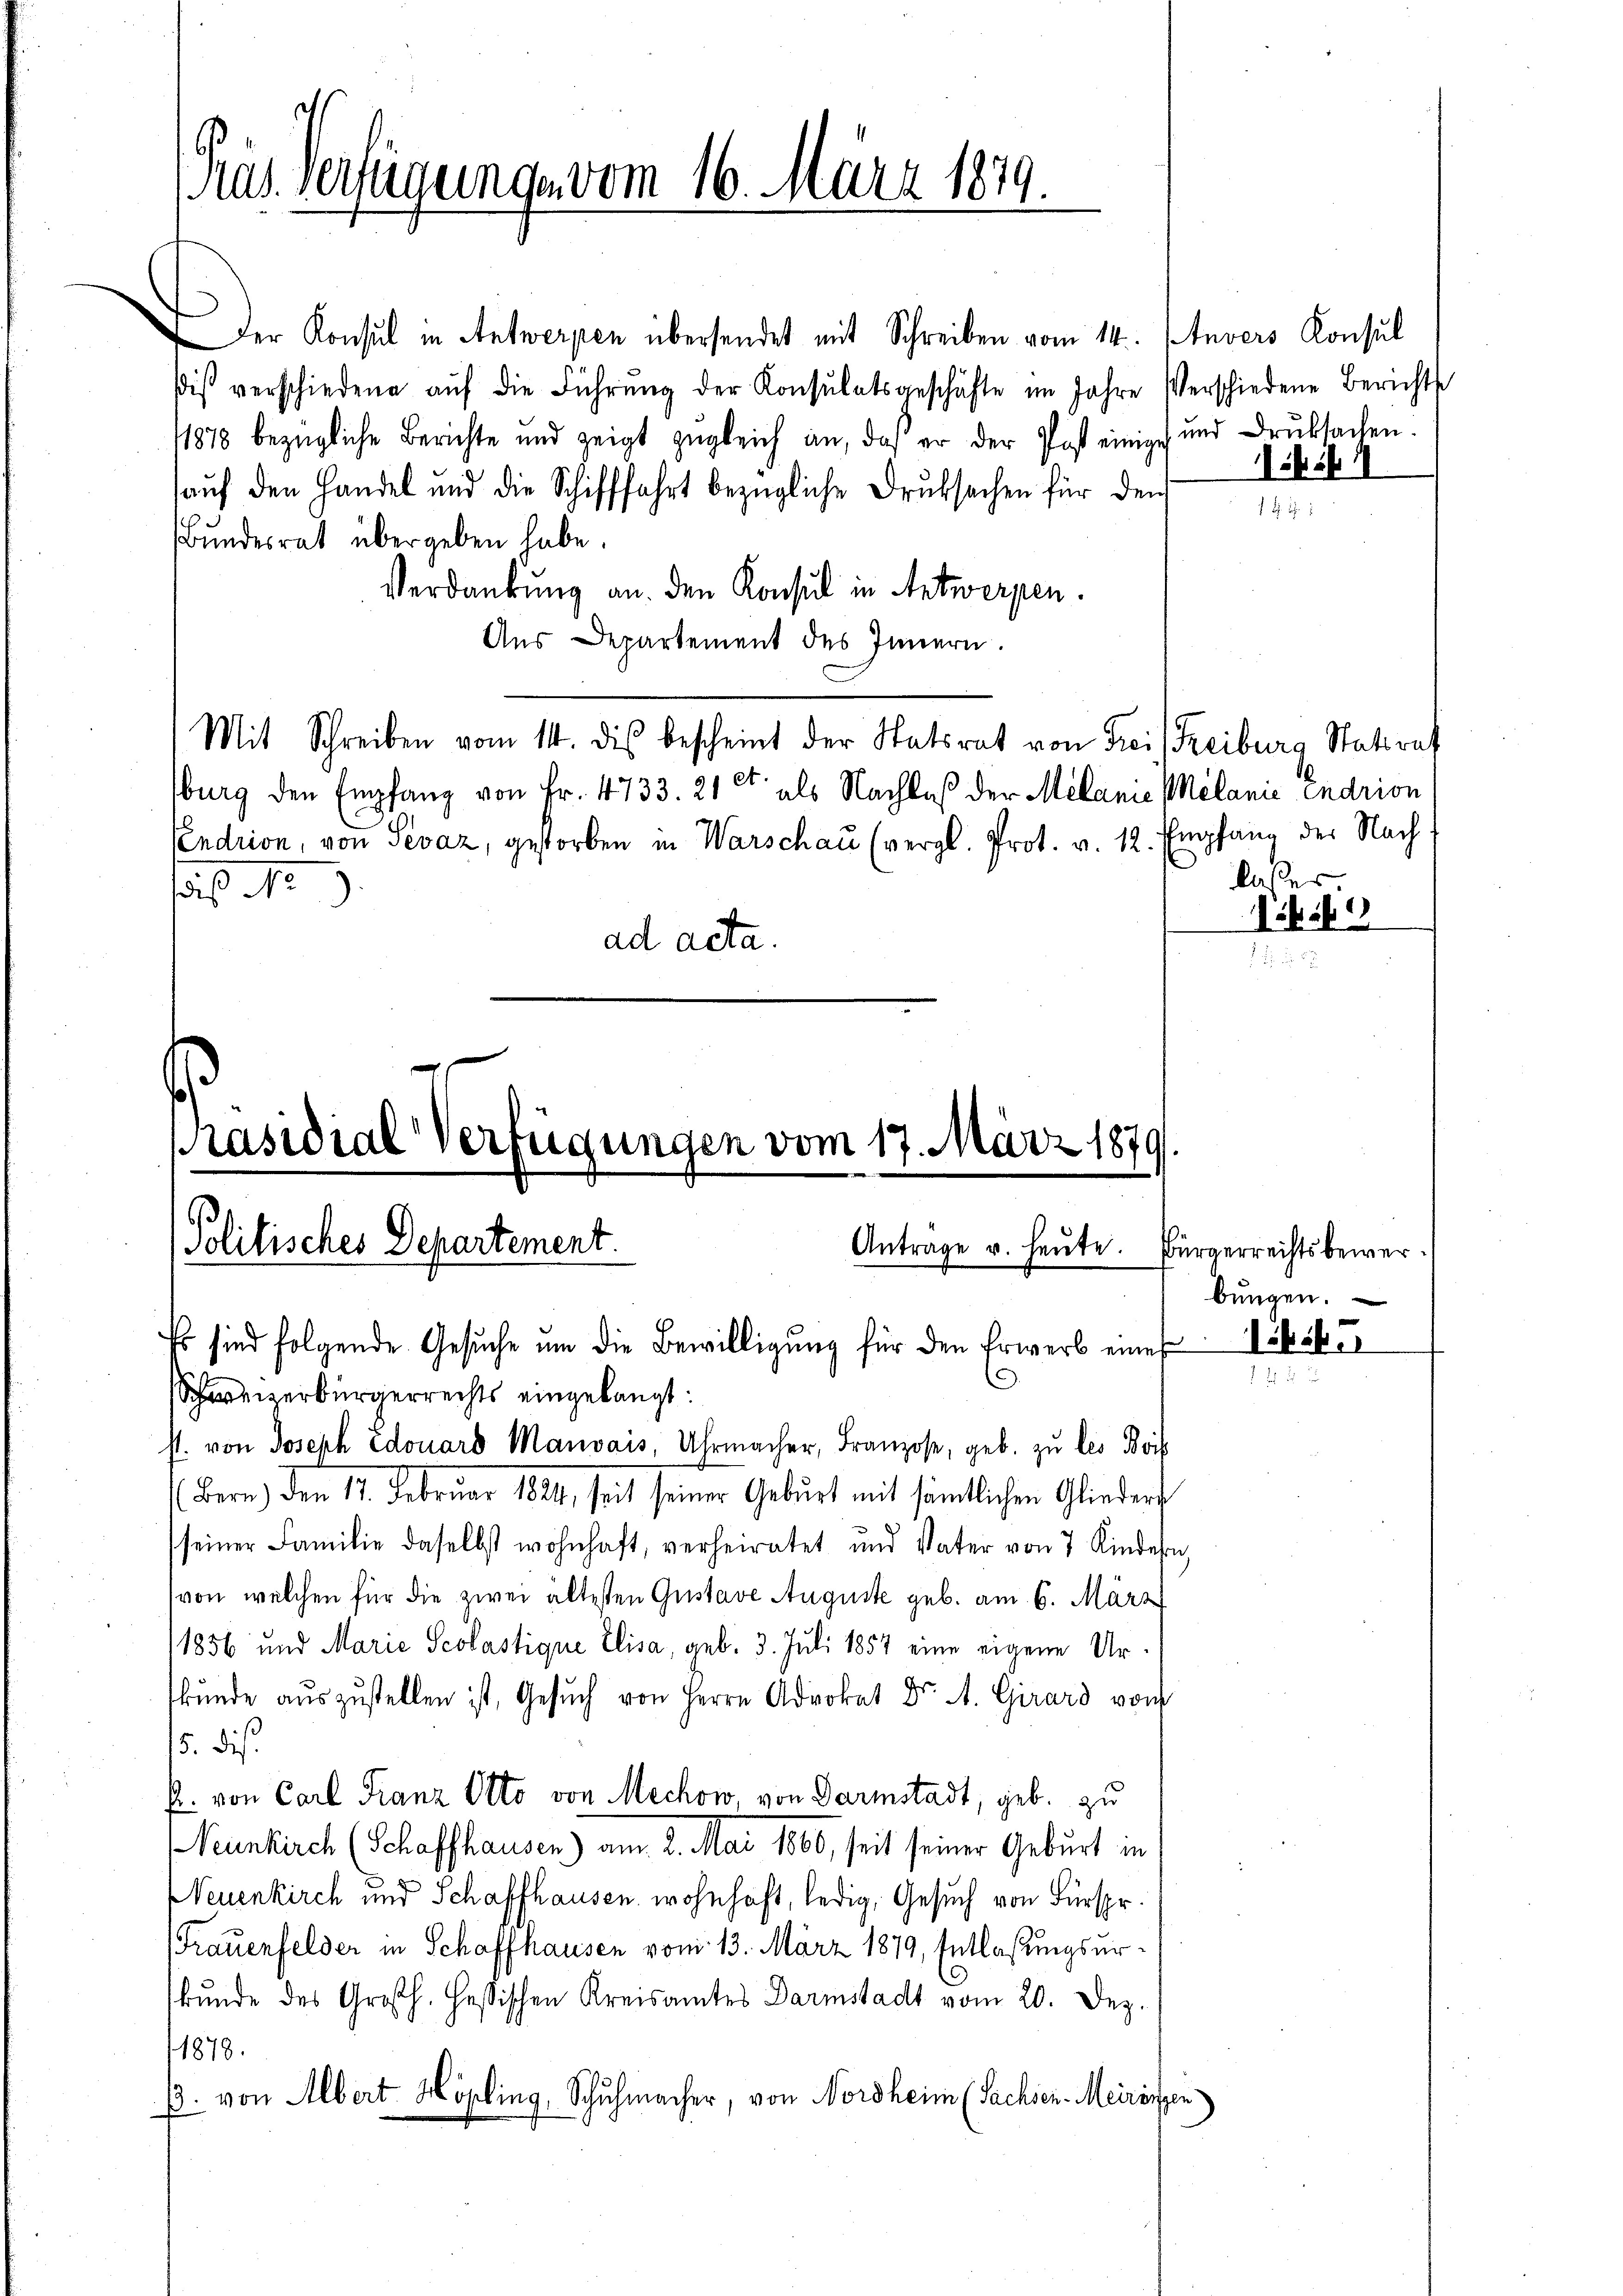
Präs. Verfügungen vom 16. März 1879.

Der Konsul in Antwerpen übersendet mit Schreiben vom 14. Juvers Konsul
dis verschiedene aŭf die Führŭng der Konsulatsgeschäfte im Jahre Verschiedene Berichts
11878 bezügliche Berichte und zeigt zŭgleich an, daß er der Post einige und Druksachen.
aŭf den Handel und die Schifffahrt bezügliche Druksachen für den
Bundesrat übergeben habe.
Verdankung an den Konsul in Antwerpen.
Aus Departement des Innern.
Mit Schreiben vom 14. dis bescheint der Statsrat von Frei (Freiburg Statiret
burg den Empfang von Fr. 4733. 21 et als Nachlaß der Melanie Melanić Endrion
Cendrion, von Sevaz, gestorben in Warschau (vergl. Prot. v. 12. Empfang der Nach-
sas
ad acta.

Präsidial-Verfügungen vom 17. März 1879
Politisches Departement.
Antrage u. heute. Bürgerrechtsbewer¬
Es sind folgende Gesŭche um die Bewilligung für den Erwerb eines

Schweizerbürgerrechts eingelangt:
st. von Joseph Edouard Mauvais, Uhrmacher, Franzose, geb. zu les Bois
Bern) den 17. Februar 1824, seit seiner Geburt mit sämtlichen Glieders
seiner Familie daselbst wohnhaft, verheiratet und Vater von 7 Kindern
von welchen für die zwei ältesten Gustave Auguste geb. am 6. März
1856 und Marie Scolastique Elisa, geb. 3. Juli 1857 eine eigene Urbunde auszustellen ist, Gesuch von Herrn Advokat Dr. A. Girard von
5. Dis
p. von Carl Franz Otto von Mechow, von Darmstadt, geb. zu
Neunkirch (Schaffhausen) am 2. Mai 1860, seit seiner Geburt in
Neuenkirch und Schaffhausen, wohnhaft, ledig, Gesuch von Fürspr
Trauenfelder in Schaffhausen vom 13. März 1879, Entlaßungsurkunde des Großh. Hesischen Kreisamtes Darmstadt vom 20. Dez.
11878.
B. von Albert Hösling, Schuhmacher, von Nordheim (Sachsen-Meiringen

Aibst 18

laser

a

bŭngen.

bibe